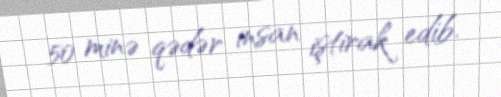
50 minə qədər insan iştirak edib.